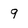
Character: 9